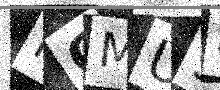
Text: PQMU98